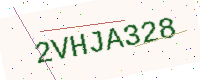
Text: 2VHJA328